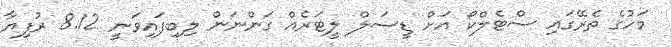
މަހުގެ ތެރޭގައި ސްޓެލްކޯ އަށް ޑީސަލް ލީޓަރެއް ގަންނަން ލިބިފައިވަނީ 8.12 ރުފިޔާ